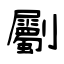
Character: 劚